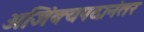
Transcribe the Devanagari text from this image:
अजिंक्यपदानंतर